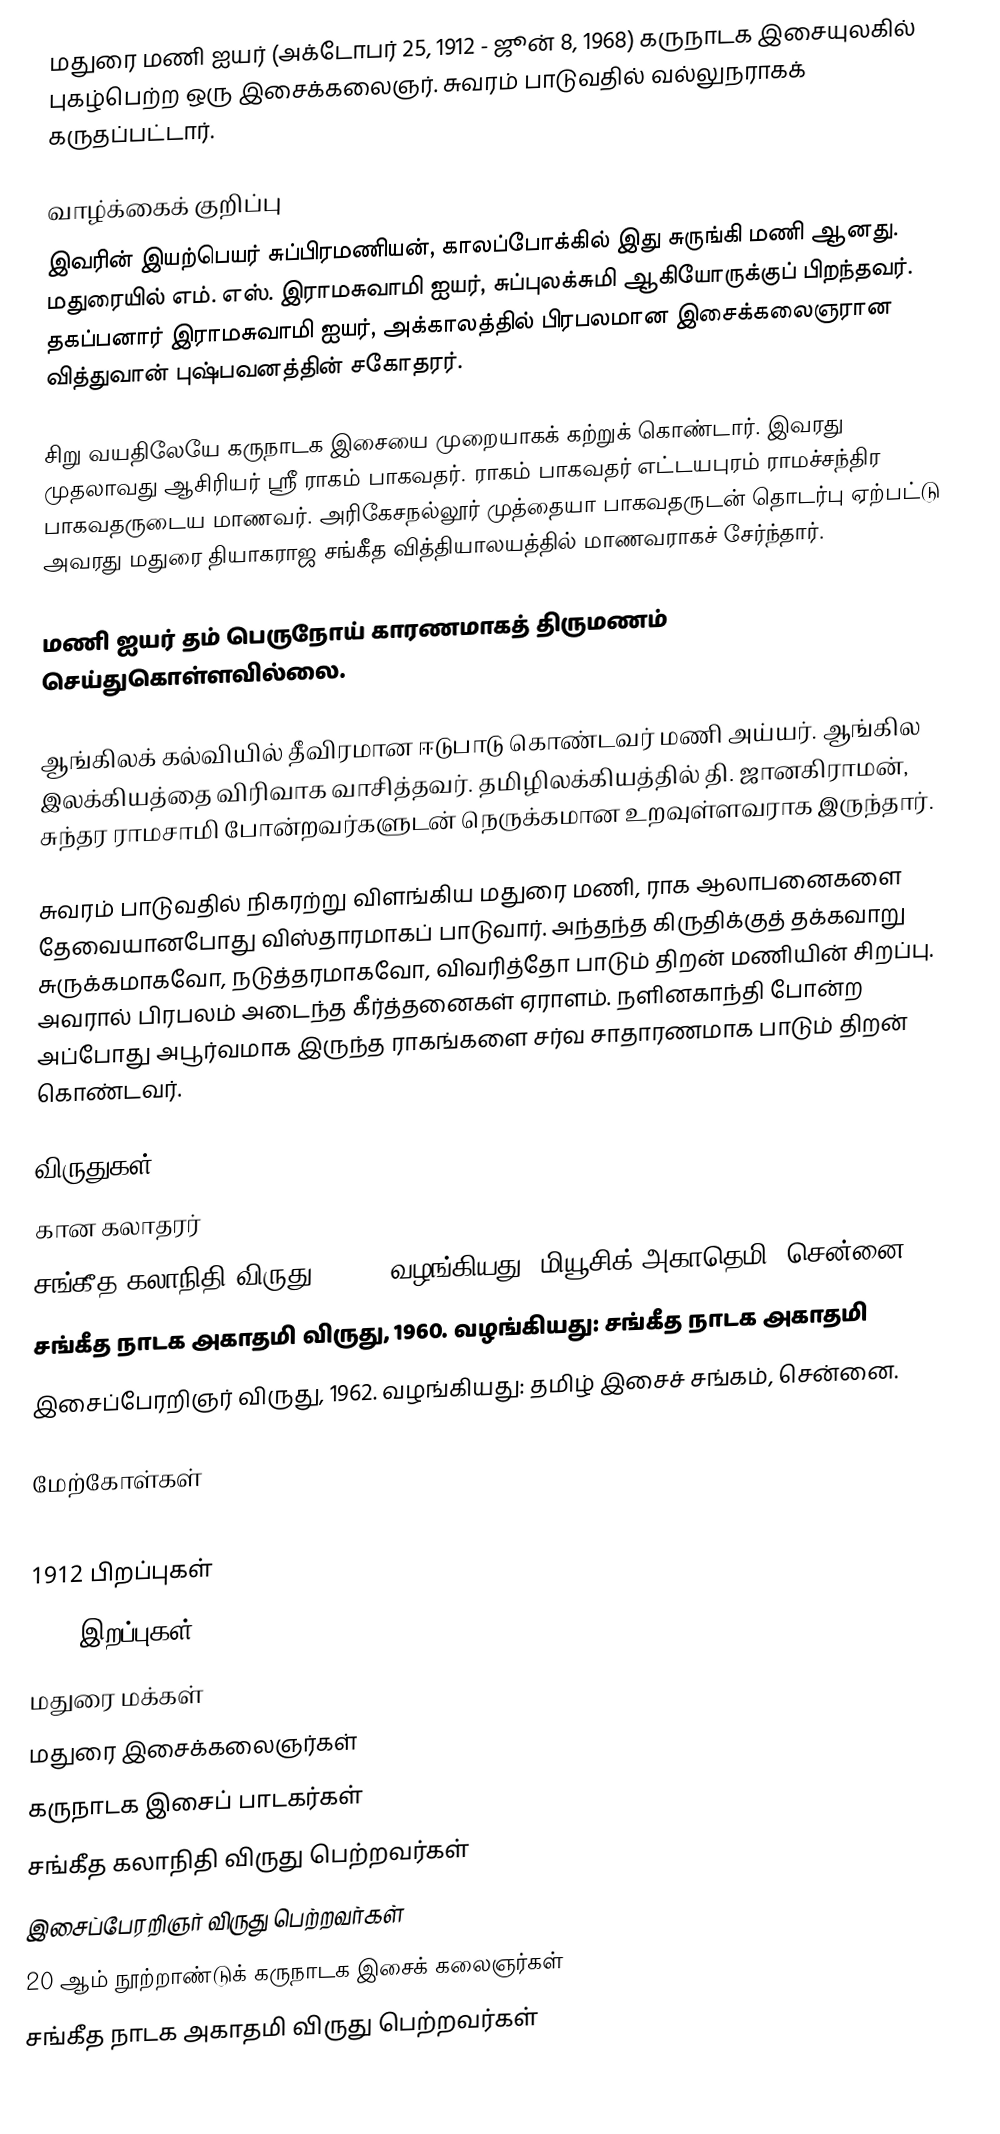
மதுரை மணி ஐயர் (அக்டோபர் 25, 1912 - ஜூன் 8, 1968) கருநாடக இசையுலகில் புகழ்பெற்ற ஒரு இசைக்கலைஞர். சுவரம் பாடுவதில் வல்லுநராகக் கருதப்பட்டார்.

வாழ்க்கைக் குறிப்பு
இவரின் இயற்பெயர் சுப்பிரமணியன், காலப்போக்கில் இது சுருங்கி மணி ஆனது. மதுரையில் எம். எஸ். இராமசுவாமி ஐயர், சுப்புலக்சுமி ஆகியோருக்குப் பிறந்தவர். தகப்பனார் இராமசுவாமி ஐயர், அக்காலத்தில் பிரபலமான இசைக்கலைஞரான வித்துவான் புஷ்பவனத்தின் சகோதரர்.

சிறு வயதிலேயே கருநாடக இசையை முறையாகக் கற்றுக் கொண்டார். இவரது முதலாவது ஆசிரியர் ஸ்ரீ ராகம் பாகவதர். ராகம் பாகவதர் எட்டயபுரம் ராமச்சந்திர பாகவதருடைய மாணவர். அரிகேசநல்லூர் முத்தையா பாகவதருடன் தொடர்பு ஏற்பட்டு அவரது மதுரை தியாகராஜ சங்கீத வித்தியாலயத்தில் மாணவராகச் சேர்ந்தார்.

மணி ஐயர் தம் பெருநோய் காரணமாகத் திருமணம் செய்துகொள்ளவில்லை.

ஆங்கிலக் கல்வியில் தீவிரமான ஈடுபாடு கொண்டவர் மணி அய்யர். ஆங்கில இலக்கியத்தை விரிவாக வாசித்தவர். தமிழிலக்கியத்தில் தி. ஜானகிராமன், சுந்தர ராமசாமி போன்றவர்களுடன் நெருக்கமான உறவுள்ளவராக இருந்தார்.

சுவரம் பாடுவதில் நிகரற்று விளங்கிய மதுரை மணி, ராக ஆலாபனைகளை தேவையானபோது விஸ்தாரமாகப் பாடுவார். அந்தந்த கிருதிக்குத் தக்கவாறு சுருக்கமாகவோ, நடுத்தரமாகவோ, விவரித்தோ பாடும் திறன் மணியின் சிறப்பு. அவரால் பிரபலம் அடைந்த கீர்த்தனைகள் ஏராளம்.  நளினகாந்தி போன்ற அப்போது அபூர்வமாக இருந்த ராகங்களை சர்வ சாதாரணமாக பாடும் திறன் கொண்டவர்.

விருதுகள்
 கான கலாதரர்
 சங்கீத கலாநிதி விருது, 1959. வழங்கியது: மியூசிக் அகாதெமி, சென்னை
 சங்கீத நாடக அகாதமி விருது, 1960. வழங்கியது: சங்கீத நாடக அகாதமி
 இசைப்பேரறிஞர் விருது, 1962. வழங்கியது: தமிழ் இசைச் சங்கம், சென்னை.

மேற்கோள்கள்

1912 பிறப்புகள்
1968 இறப்புகள்
மதுரை மக்கள்
மதுரை இசைக்கலைஞர்கள்
கருநாடக இசைப் பாடகர்கள்
சங்கீத கலாநிதி விருது பெற்றவர்கள்
இசைப்பேரறிஞர் விருது பெற்றவர்கள்
20 ஆம் நூற்றாண்டுக் கருநாடக இசைக் கலைஞர்கள்
சங்கீத நாடக அகாதமி விருது பெற்றவர்கள்